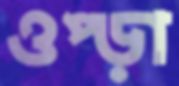
ওপ্‌ড়া